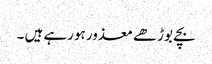
بچے بوڑھے معذور ہورہے ہیں ۔